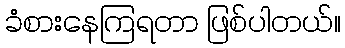
ခံစားနေကြရတာ ဖြစ်ပါတယ်။